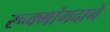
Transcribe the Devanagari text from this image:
रूक्मांगदाने